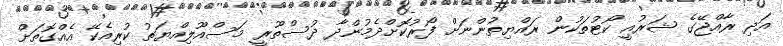
އަދި ރާއްޖޭގެ ޝަރުއީ ކޯޓުތަކުން ރައްޔިތުންނަށް ފޯރުކޮށްދެމުންދާ ދުސްތޫރީ މަސްއޫލިއްޔަތު ކުރިއެކޭ އެއްގޮތަށް